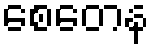
စေတေန